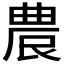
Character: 𭆒